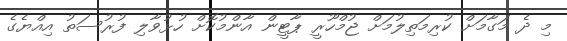
މި ދެ މަގާމަށް ކުރިމަތިލުމަށް ޖުމްހޫރީ ޕާޓީން އާންމުކޮށް ހުޅުވާލި ފުރުސަތު އިއްޔެގެ